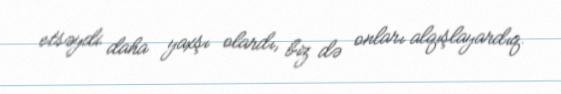
etsəydi daha yaxşı olardı, biz də onları alqışlayardıq.